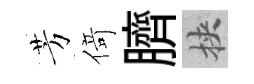
芳𠋣臍挾